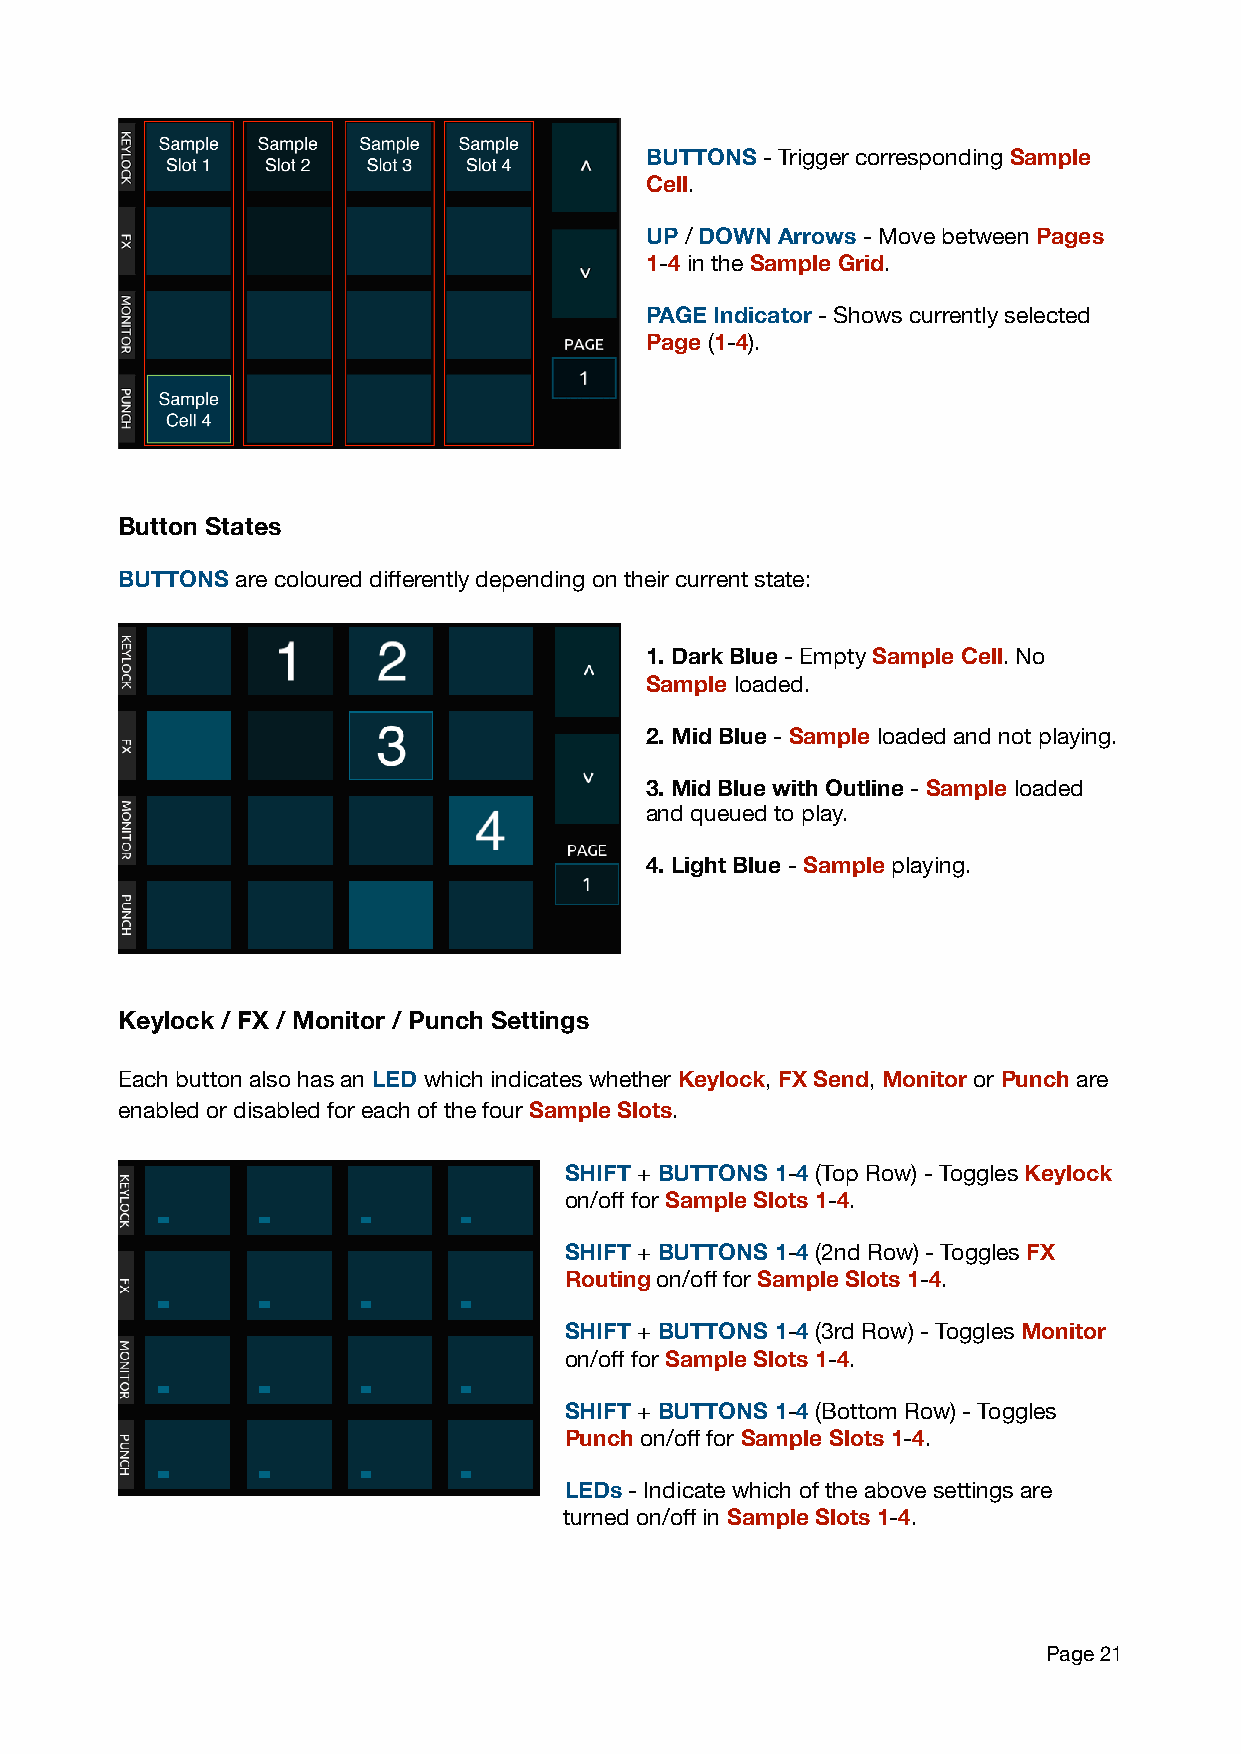
BUTTONS - Trigger corresponding Sample
 Cell.
 UP / DOWN Arrows - Move between Pages
 1-4 in the Sample Grid.
 PAGE Indicator - Shows currently selected
 Page (1-4).
 Button States
 BUTTONS are coloured differently depending on their current state:
 1. Dark Blue - Empty Sample Cell. No
 Sample loaded.
 2. Mid Blue - Sample loaded and not playing.
 3. Mid Blue with Outline - Sample loaded
 and queued to play.
 4. Light Blue - Sample playing.
 Keylock / FX / Monitor / Punch Settings
 Each button also has an LED which indicates whether Keylock, FX Send, Monitor or Punch are
 enabled or disabled for each of the four Sample Slots.
 SHIFT + BUTTONS 1-4 (Top Row) - Toggles Keylock
 on/off for Sample Slots 1-4.
 SHIFT + BUTTONS 1-4 (2nd Row) - Toggles FX
 Routing on/off for Sample Slots 1-4.
 SHIFT + BUTTONS 1-4 (3rd Row) - Toggles Monitor
 on/off for Sample Slots 1-4.
 SHIFT + BUTTONS 1-4 (Bottom Row) - Toggles
 Punch on/off for Sample Slots 1-4.
 LEDs - Indicate which of the above settings are
 turned on/off in Sample Slots 1-4.
 Page 21